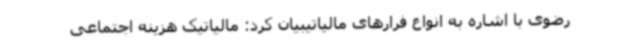
رضوی با اشاره به انواع فرارهای مالیاتیبیان کرد: مالیاتیک هزینه اجتماعی